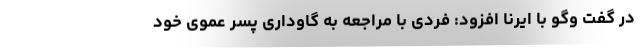
در گفت وگو با ایرنا افزود: فردی با مراجعه به گاوداری پسر عموی خود